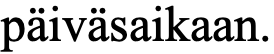
päiväsaikaan.